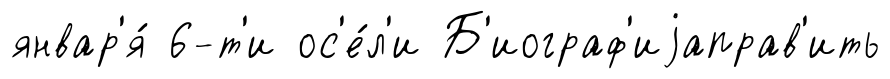
январ'я́ 6-т'и ос'е́л'и Б'иограф'иjаправ'ить